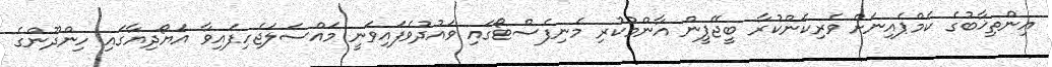
އިންތިޚާބުގެ ކެމްޕެއިނަށް ވެރިކަންކުރާ ބީޖޭޕީން އާންމުކުރި މެނިފެސްޓޯގައި ވައުދުވެފައިވަނީ މައްސަލަޖެހިފައިވާ އަޔޯދިޔާގައި ހިންދޫންގެ